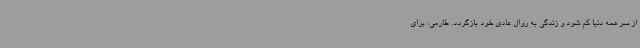
از سر همه دنیا کم شود و زندگی به روال عادی خود بازگردد. طارمی: برای